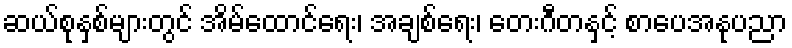
ဆယ်စုနှစ်များတွင် အိမ်ထောင်ရေး၊ အချစ်ရေး၊ တေးဂီတနှင့် စာပေအနုပညာ